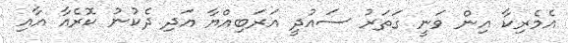
އެމެރިކާ އިން ވަނީ ގަތަރު ސައުދީ އަރަބިއްޔާ އަދި ދެކުނު ކޮރެއާ އާއި